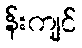
န်းကျင်